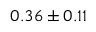
0 . 3 6 \pm 0 . 1 1